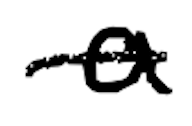
Text: a
Cross-out: single-line
Writing tool: digital_black